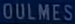
OULMES